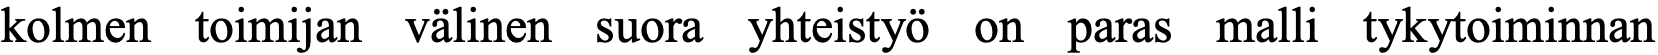
kolmen toimijan välinen suora yhteistyö on paras malli tykytoiminnan